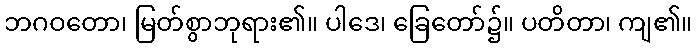
ဘဂဝတော၊ မြတ်စွာဘုရား၏။ ပါဒေ၊ ခြေတော်၌။ ပတိတာ၊ ကျ၏။